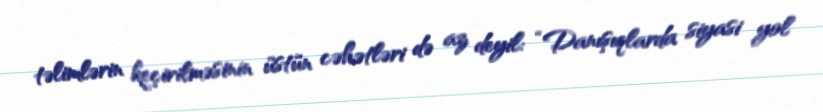
təlimlərin keçirilməsinin üstün cəhətləri də az deyil: “Danışıqlarda siyasi yol